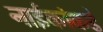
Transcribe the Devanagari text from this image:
नाईकांकडे